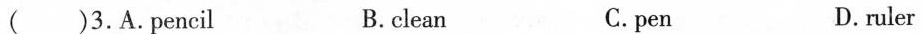
( )3.A.Pencil B.clean C.pen D.ruler